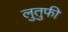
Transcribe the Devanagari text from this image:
लुतुफी